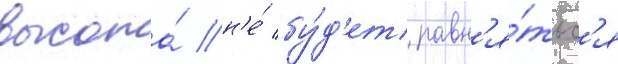
высота́ н'е́ бу́д'ет равн'я́тьс'я